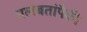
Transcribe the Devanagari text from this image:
गलबतांपैकी